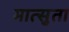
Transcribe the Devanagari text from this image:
मात्सुता